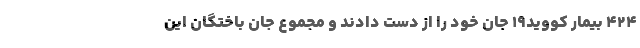
۴۲۴ بیمار کووید۱۹ جان خود را از دست دادند و مجموع جان باختگان این